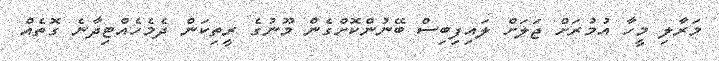
މަރާލި މީހާ އުމުރަށް ޖަލަށް ލައިފިބިސް ބޭނުންކޮށްގެން މޫނުގެ ރީތިކަން ދެމެހެއްޓިދާނެ ގޮތެއް